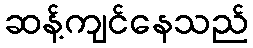
ဆန့်ကျင်နေသည်